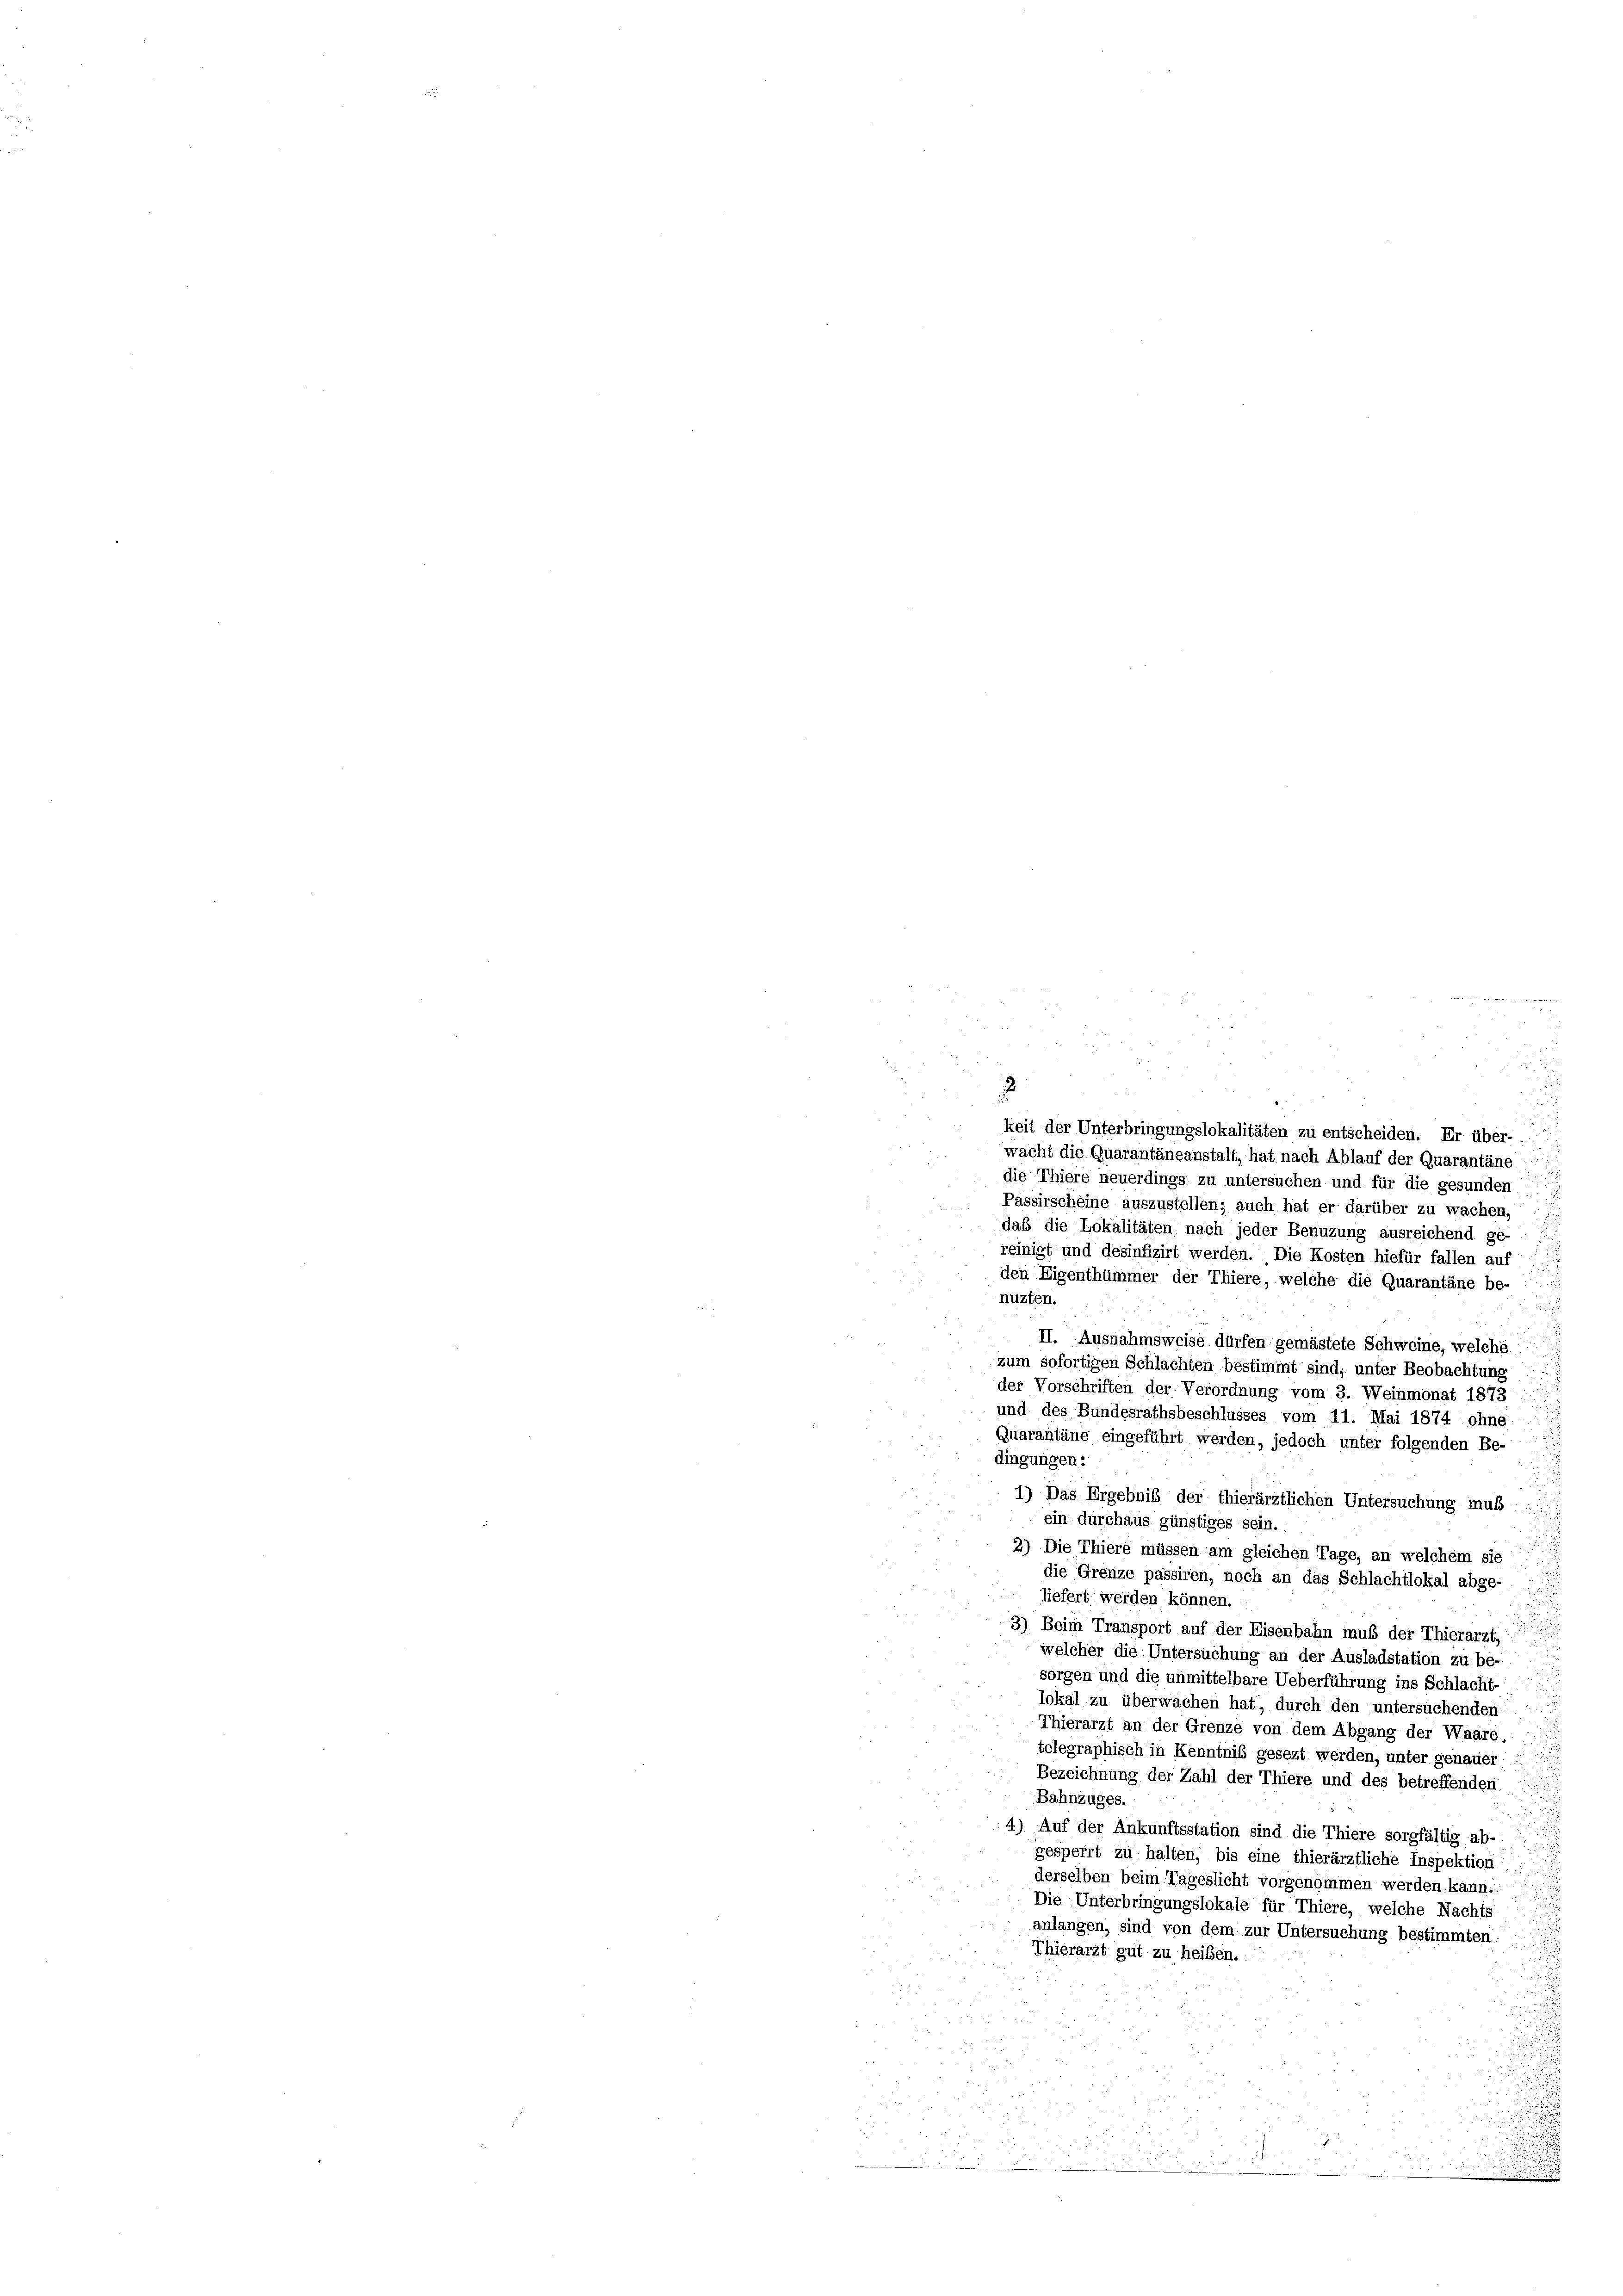
2
keit der Unterbringungslokalitäten zu entscheiden. Er über-
wacht die Quarantäneanstalt, hat nach Ablauf der Quarantäne
die Thiere neuerdings zu untersuchen und für die gesunden
d
Passirscheine auszustellen; auch hat er darüber zu wachen,
daß die Lokalitäten nach jeder Benuzung ausreichend ge-
reinigt und desinfizirt werden. Die Kosten hiefür fallen auf
den Eigenthümmer der Thiere, welche die Quarantäne be-
nuzten.
 II. Ausnahmsweise dürfen gemästete Schweine, welche
zum sofortigen Schlachten bestimmt sind, unter Beobachtung
der Vorschriften der Verordnung vom 3. Weinmonat 1873
und des Bundesrathsbeschlusses vom 11. Mai 1874 ohne
Quarantäne eingeführt werden, jedoch unter folgenden Be-
dingungen:
1) Das Ergebnis der thierärztlichen Untersuchung muß
ein durchaus günstiges sein.
2) Die Thiere müssen am gleichen Tage, an welchem sie
die Grenze passiren, noch an das Schlachtlokal abge-
liefert werden können.
3) Beim Transport auf der Eisenbahn muß der Thierarzt,
welcher die Untersuchung an der Ausladstation zu be-
sorgen und die unmittelbare Ueberführung ins Schlacht-
lokal zu überwachen hat, durch den untersuchenden
Thierarzt an der Grenze von dem Abgang der Waare.
telegraphisch in Kenntniß gesezt werden, unter genauer
Bezeichnung der Zahl der Thiere und des betreffenden
Bahnzuges.
4) Auf der Ankunftsstation sind die Thiere sorgfältig ab-
gesperrt zu halten, bis eine thierärztliche Inspektion
derselben beim Tageslicht vorgenommen werden kann.
Die Unterbringungslokale für Thiere, welche Nachts
anlangen, sind von dem zur Untersuchung bestimmten
Thierarzt gut zu heiben.